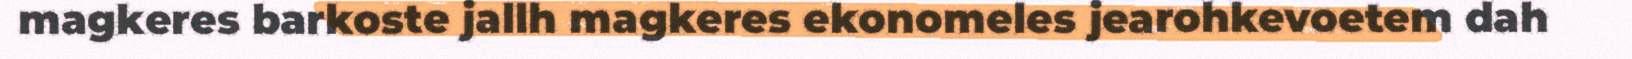
magkeres barkoste jallh magkeres ekonomeles jearohkevoetem dah